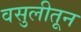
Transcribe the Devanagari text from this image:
वसुलीतून